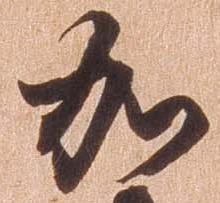
加